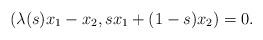
LaTeX: \begin{align*}(\lambda(s)x_1-x_2,s x_1+(1-s)x_2)=0.\end{align*}